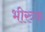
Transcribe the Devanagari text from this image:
भीरुक